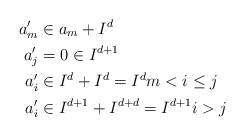
\begin{align*}a_{m}^{\prime} & \in a_{m}+I^{d} \\a_{j}^{\prime} & =0\in I^{d+1} \\a_{i}^{\prime} & \in I^{d}+I^{d}=I^{d}m<i\leq j \\a_{i}^{\prime} & \in I^{d+1}+I^{d+d}=I^{d+1}i>j\end{align*}